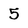
Character: 5